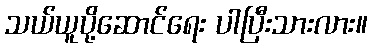
သယ်ယူပို့ဆောင်ရေး ပါပြီးသားလား။